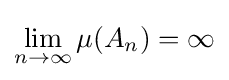
\lim _{n\rightarrow \infty }\mu (A_{n})=\infty